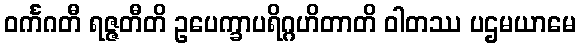
ဝင်္ကဂတီ ရဇ္ဇတီတိ ဥပေက္ခာပရိဂ္ဂဟိတာတိ ဝါတဿ ပဌမယာမေ